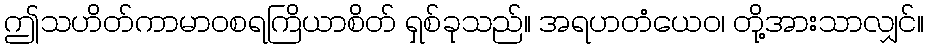
ဤသဟိတ်ကာမာဝစရကြိယာစိတ် ရှစ်ခုသည်။ အရဟတံယေဝ၊ တို့အားသာလျှင်။